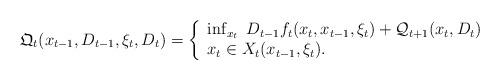
LaTeX: \begin{align*}\mathfrak{Q}_t( x_{t-1}, D_{t-1} , \xi_t , D_{t} ) = \left\{ \begin{array}{l}\inf_{x_t} \;D_{t-1} f_t(x_t, x_{t-1}, \xi_t ) + \mathcal{Q}_{t+1}( x_{t}, D_t ) \\ x_t \in X_t(x_{t-1}, \xi_t ).\end{array}\right.\end{align*}